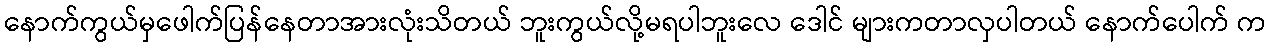
နောက်ကွယ်မှဖေါက်ပြန်နေတာအားလုံးသိတယ် ဘူးကွယ်လို့မရပါဘူးလေ ဒေါင် များကတာလှပါတယ် နောက်ပေါက် က